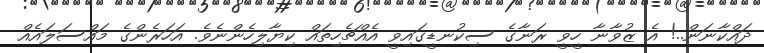
ދައްކާނަން..! އެ ޒުވާނާ ހީވީ ރަނާގެ ސިކުނޑީގައިވީ އެއްޗެހިތައް ކިޔާލިހެންނެވެ. އަހަރެންގެ މައްސަލައެއް